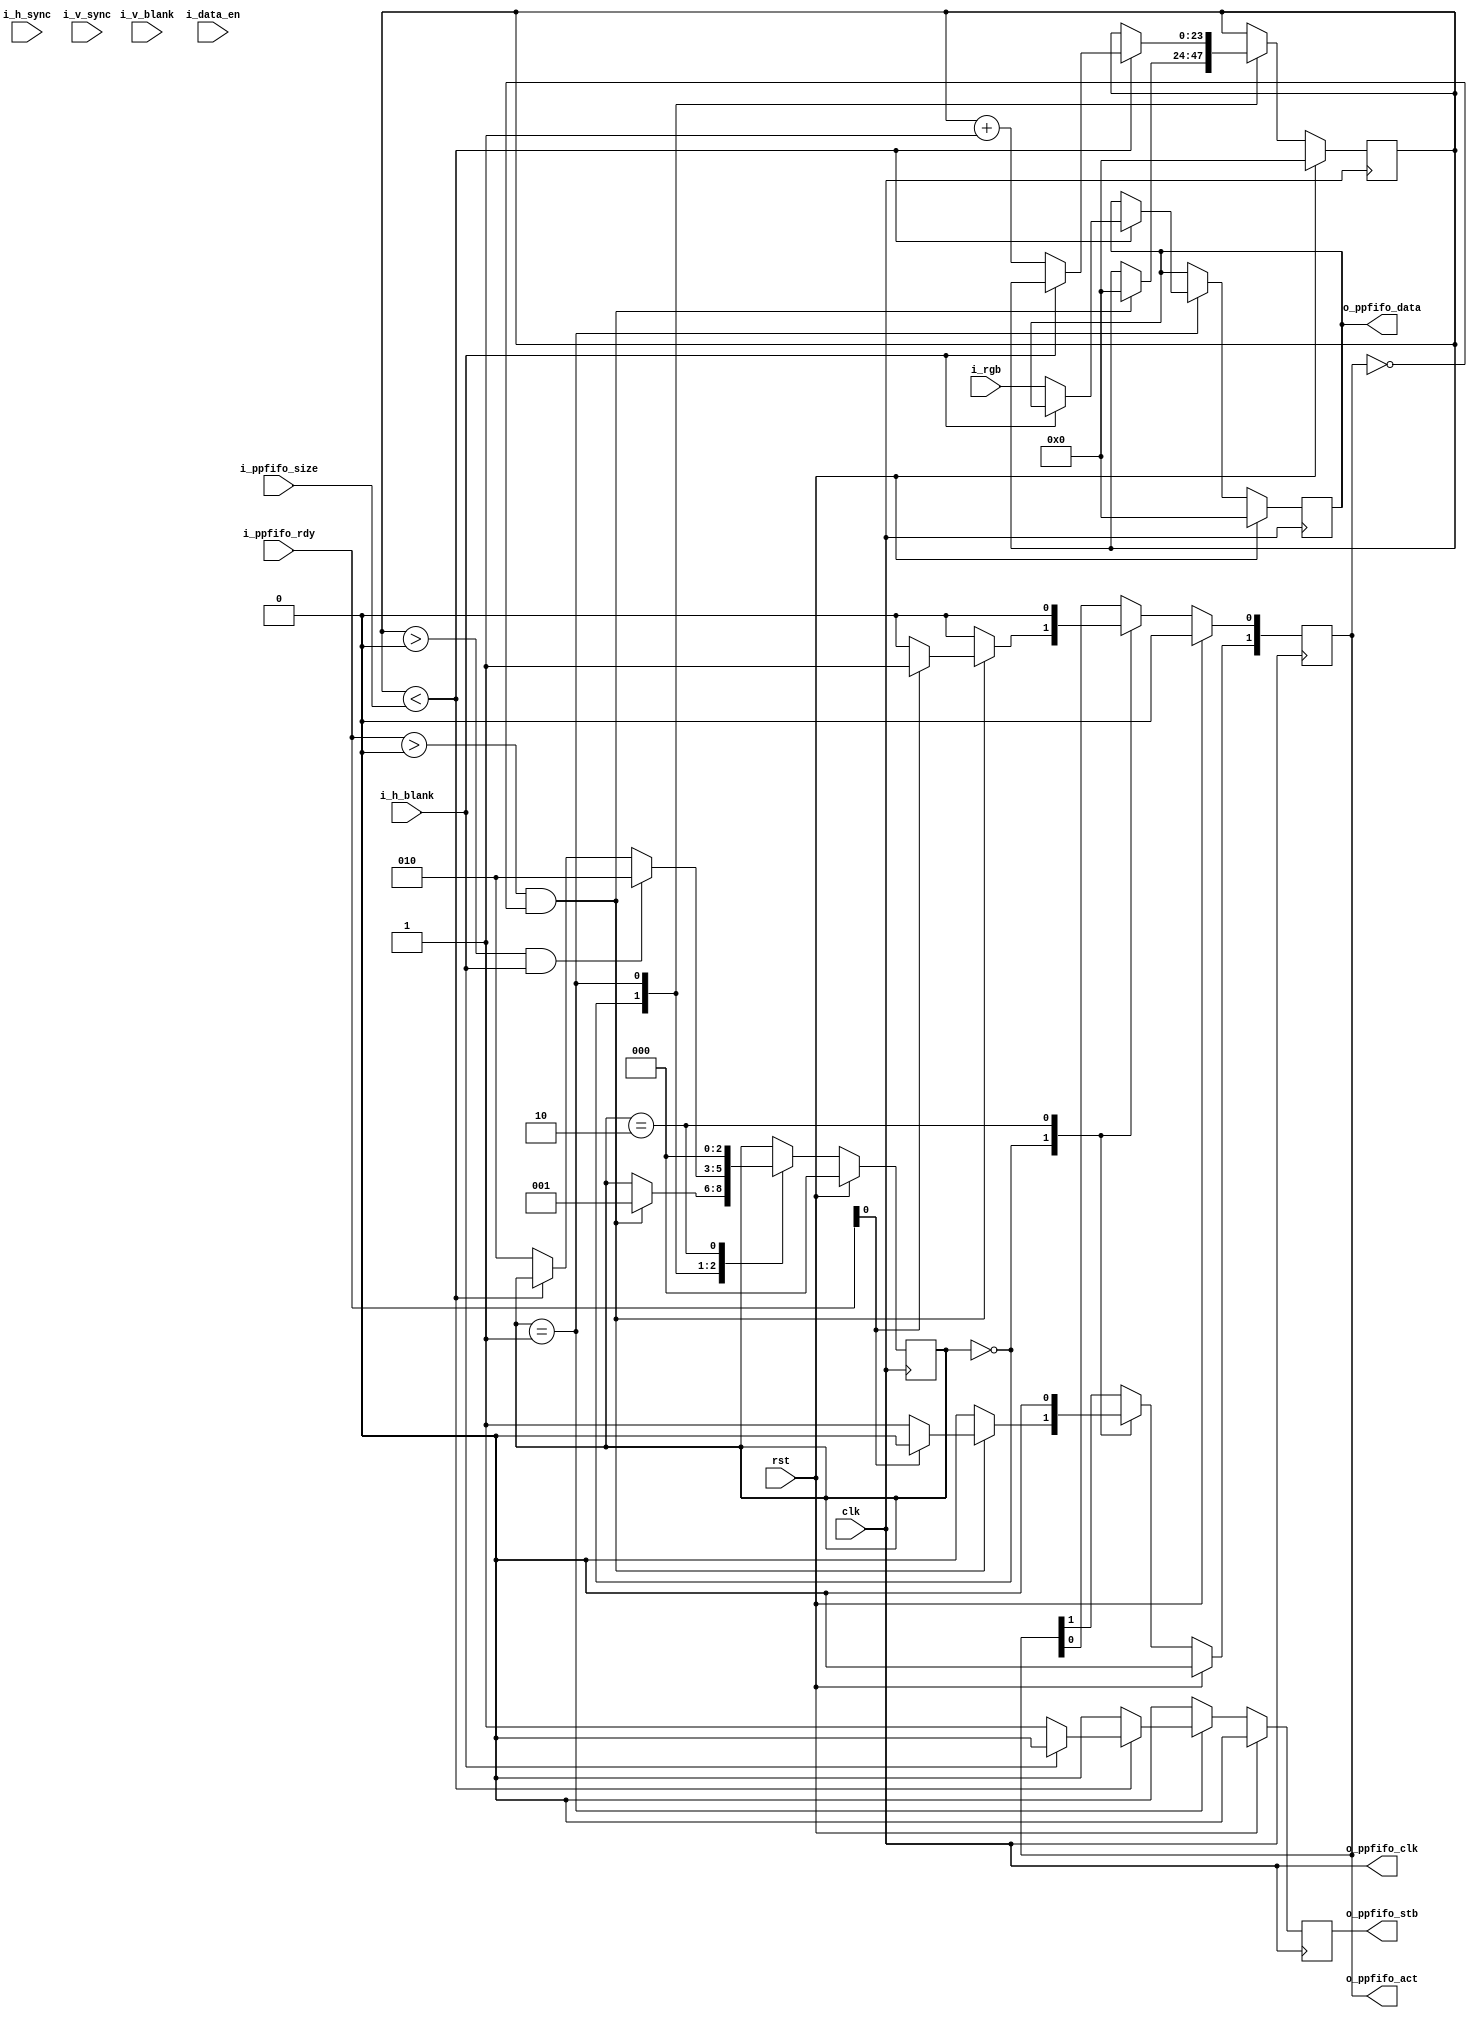
/*
Distributed under the MIT license.
Copyright (c) 2017 Dave McCoy (dave.mccoy@cospandesign.com)

Permission is hereby granted, free of charge, to any person obtaining a copy of
this software and associated documentation files (the "Software"), to deal in
the Software without restriction, including without limitation the rights to
use, copy, modify, merge, publish, distribute, sublicense, and/or sell copies
of the Software, and to permit persons to whom the Software is furnished to do
so, subject to the following conditions:

The above copyright notice and this permission notice shall be included in all
copies or substantial portions of the Software.

THE SOFTWARE IS PROVIDED "AS IS", WITHOUT WARRANTY OF ANY KIND, EXPRESS OR
IMPLIED, INCLUDING BUT NOT LIMITED TO THE WARRANTIES OF MERCHANTABILITY,
FITNESS FOR A PARTICULAR PURPOSE AND NONINFRINGEMENT. IN NO EVENT SHALL THE
AUTHORS OR COPYRIGHT HOLDERS BE LIABLE FOR ANY CLAIM, DAMAGES OR OTHER
LIABILITY, WHETHER IN AN ACTION OF CONTRACT, TORT OR OTHERWISE, ARISING FROM,
OUT OF OR IN CONNECTION WITH THE SOFTWARE OR THE USE OR OTHER DEALINGS IN THE
SOFTWARE.
*/

/*
 * Author:
 * Description:
 *
 * Changes:
 */

`timescale 1ps / 1ps

//Need a buffer depth of at least 512 (address width = 9)

module adapter_rgb_2_ppfifo #(
  parameter                 DATA_WIDTH = 24
)(
  input                             clk,
  input                             rst,

  input         [23:0]              i_rgb,
  input                             i_h_sync,
  input                             i_h_blank,
  input                             i_v_sync,
  input                             i_v_blank,
  input                             i_data_en,

  //Ping Pong FIFO Write Controller
  output                            o_ppfifo_clk,
  input       [1:0]                 i_ppfifo_rdy,
  output  reg [1:0]                 o_ppfifo_act,
  input       [23:0]                i_ppfifo_size,
  output  reg                       o_ppfifo_stb,
  output  reg [DATA_WIDTH - 1:0]    o_ppfifo_data


);
//local parameters
localparam      IDLE        = 0;
localparam      READY       = 1;
localparam      RELEASE     = 2;

//registes/wires

reg           [23:0]        r_count;
reg           [2:0]         state;
//submodules
//asynchronous logic
assign  o_ppfifo_clk    = clk;
//synchronous logic
always @ (posedge clk) begin
  o_ppfifo_stb          <=  0;
  if (rst) begin
    r_count             <=  0;
    o_ppfifo_act        <=  0;
    o_ppfifo_data       <=  0;
    state               <=  IDLE;
  end
  else begin
    case (state)
      IDLE: begin
        o_ppfifo_act    <=  0;
        if ((i_ppfifo_rdy > 0) && (o_ppfifo_act == 0)) begin
          r_count           <=  0;
          if (i_ppfifo_rdy[0]) begin
            o_ppfifo_act[0] <=  1;
          end
          else begin
            o_ppfifo_act[1] <=  1;
          end
          state             <=  READY;
        end
      end
      READY: begin
        if (r_count < i_ppfifo_size) begin
          if (!i_h_blank) begin
            o_ppfifo_stb    <=  1;
            o_ppfifo_data   <=  i_rgb;

            r_count         <=  r_count + 1;
          end
        end
        //Conditions to release the FIFO or stop a transaction
        else begin
          state             <=  RELEASE;
        end
        if (r_count > 0 && i_h_blank) begin
          state             <=  RELEASE;
        end
      end
      RELEASE: begin
        o_ppfifo_act        <=  0;
        state               <=  IDLE;
      end
      default: begin
      end
    endcase
  end
end



endmodule